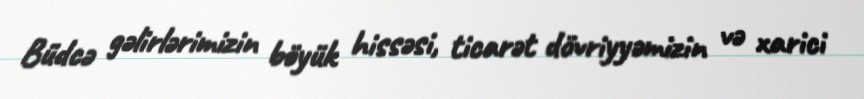
Büdcə gəlirlərimizin böyük hissəsi, ticarət dövriyyəmizin və xarici